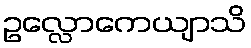
ဥလ္လောကေယျာသိ